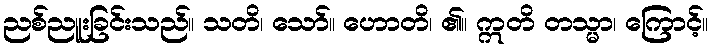
ညစ်ညူးခြင်းသည်။ သတိ၊ သော်။ ဟောတိ၊ ၏။ ဣတိ တသ္မာ၊ ကြောင့်။